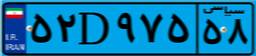
۹۴D۰۸۳۳۴